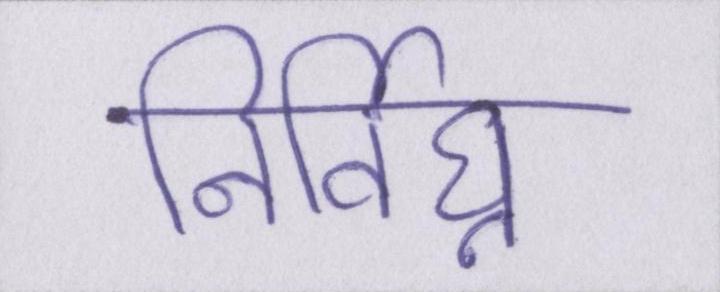
निर्विघ्न